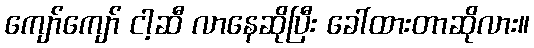
ကျော်ကျော် ငါ့ဆီ လာနေဆိုပြီး ခေါ်ထားတာဆိုလား။